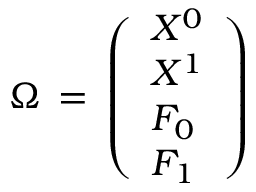
\Omega \, = \, \left( \begin{array} { l } { { X ^ { 0 } } } \\ { { X ^ { 1 } } } \\ { { F _ { 0 } } } \\ { { F _ { 1 } } } \end{array} \right)